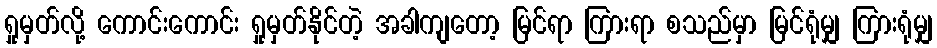
ရှုမှတ်လို့ ကောင်းကောင်း ရှုမှတ်နိုင်တဲ့ အခါကျတော့ မြင်ရာ ကြားရာ စသည်မှာ မြင်ရုံမျှ ကြားရုံမျှ